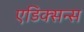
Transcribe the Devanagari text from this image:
एडिक्सन्स